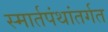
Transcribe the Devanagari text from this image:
स्मार्तपंथांतर्गत